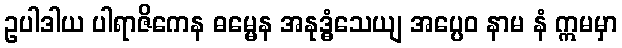
ဥပါဒါယ ပါရာဇိကေန ဓမ္မေန အနုဒ္ဓံသေယျ အပ္ပေဝ နာမ နံ ဣမမှာ